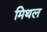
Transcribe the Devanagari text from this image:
मिथल